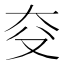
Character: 𪥆